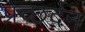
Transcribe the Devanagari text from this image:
प्रच्छर्दन